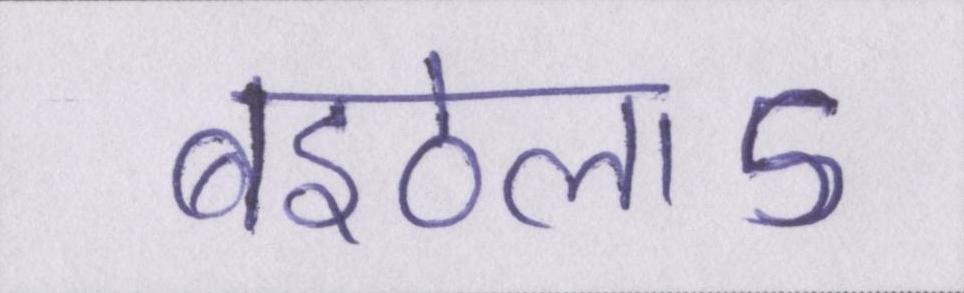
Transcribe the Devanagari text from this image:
बइठेलाऽ